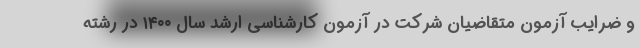
و ضرایب آزمون متقاضیان شرکت در آزمون کارشناسی ارشد سال ۱۴۰۰ در رشته